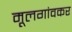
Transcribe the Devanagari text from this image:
मूलगांवकर